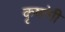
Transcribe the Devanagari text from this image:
कृषांगी